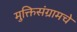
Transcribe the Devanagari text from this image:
मुक्तिसंग्रामचे